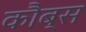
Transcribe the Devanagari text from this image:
कौब्स